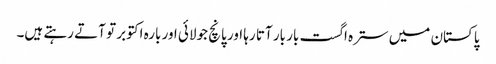
پاکستان میں سترہ اگست بار بار آتا رہا اور پانچ جولائی اور بارہ اکتوبر تو آتے رہتے ہیں۔